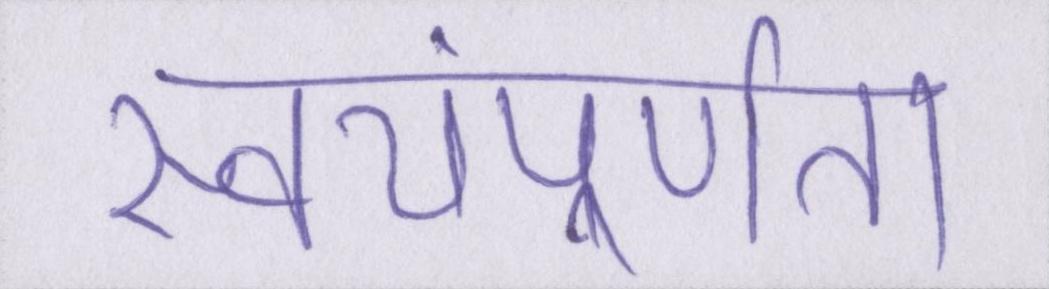
स्वयंपूर्णता